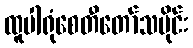
ထူပါရုံစေတီတော်သမိုင်း